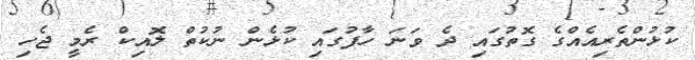
ކުޅުންތެރިއެއްގެ ގޮތުގައި ދެ ވަނަ ހާފުގައި ކުޅެން ނުކުތް ލޮއިކް ރެމީ ޖެހި